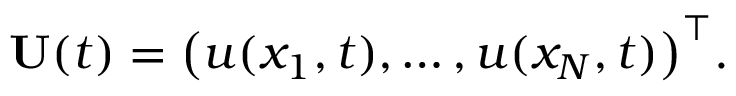
{ \bf U } ( t ) = \big ( u ( x _ { 1 } , t ) , \dots , u ( x _ { N } , t ) \big ) ^ { \top } .